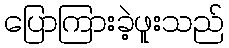
ပြောကြားခဲ့ဖူးသည်